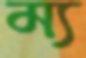
ম্য